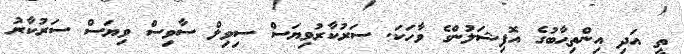
ތީ އަދި އިންތިޙާބުގެ އޮފިޝަލުންގެ ވާހަކަ. ސަރުކާރުވިޔަސް ސިވިލް ސާވިސް ވިޔަސް ސަރުކާރު